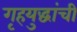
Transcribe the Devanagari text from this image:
गृहयुद्धांची